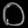
Digit: ၀